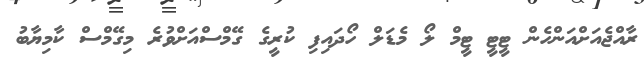
ރާއްޖެއަށްއަންހެން ޓީޓީ ޓީމް ލޯ މެޑަލް ހޯދައިފި ކުރީގެ ގޭމްސްއަށްވުރެ މިގޭމްސް ކާމިޔާބު